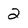
Character: 2